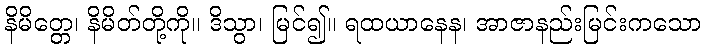
နိမိတ္တေ၊ နိမိတ်တို့ကို။ ဒိသွာ၊ မြင်၍။ ရထယာနေန၊ အာဇာနည်းမြင်းကသော